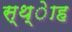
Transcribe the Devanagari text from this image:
स्थ्ेाह